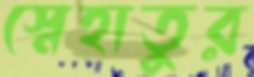
স্নেহাতুর